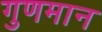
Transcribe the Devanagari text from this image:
गुणमान